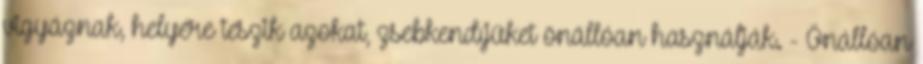
vigyáznak, helyére teszik azokat, zsebkendıjüket önállóan használják. - Önállóan